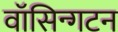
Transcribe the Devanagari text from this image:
वॉसिन्गटन